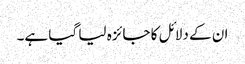
ان کے دلائل کا جائزہ لیا گیا ہے۔